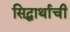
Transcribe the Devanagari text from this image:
सिद्धार्थाची